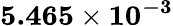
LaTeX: \mathbf{5.465\times 10^{-3}}